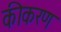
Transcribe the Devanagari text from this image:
कीकरण